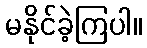
မနိုင်ခဲ့ကြပါ။